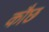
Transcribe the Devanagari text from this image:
कौछ